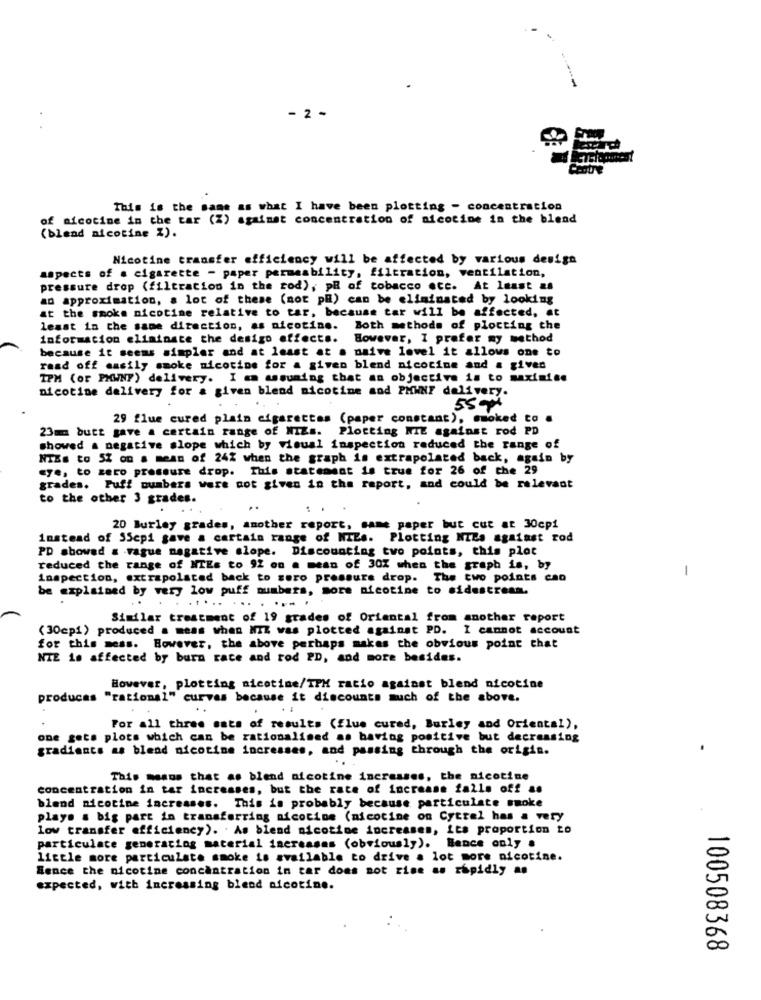
- 2 -
Centre
This is the same as what I have been plotting - concentration
of nicotine in the tar (%) against concentration of nicotine in the blend
(blend nicotine 2).
Nicotine transfer efficiency will be affected by various design
aspects of a cigarette - paper permeability, filtration, ventilation,
pressure drop (filtration in the rod), pB of tobacco ecc. At least as
an approximation, a lot of these (mot pH) can be eliminated by looking
at the smoke nicotine relative to tar, because tar will be affected, at
least in the same direction, as nicotine. Both methods of plocting the
informacion ellainate the desigo effects.
However, I prefer my method
because it seems simpler and at least at a naive lovel it allows one to
raad off easily smoke nicotine for a given blend nicotine and a given
IPM (or PHWNF) delivery. I am assuming that an objective is to maximise
nicotine delivery for a given blend nicotine and PHWNF delivery.
55 px
29 flue cured plain cigarettes (paper constant), smoked to
23mm butt gave a certain range of NIZs. Plotting NIE against rod PD
showed a negative slope which by visual inspection reduced the range of
NTEs to 57 on a mean of 24% when the graph is extrapolated back, again by
«ye, to zero pressure drop. This statement is true for 26 of the 29
grades. Puff numbers were not given in the report, and could be relevant
to the other 3 grades.
..
20 Burley grades, another report, same paper but cut at 30cp1
instead of SScpi gave a certain range of NIEs. Plotting NIla against rod
PD showed a vague negative slope. Discounting two points, this plot
reduced the range of NTEs to 92 ou a mean of 30% when the graph is, by
-
inspection, extrapolsted back to soro pressure drop. The two points can
be explained by very low puff numbers, sore nicotine to sidestream.
. ..... ... . ... .
Similar treatment of 19 grades of Oriental from another report
(30cp1) produced a meas when Nl was plotted against PD. I cannot account
for this mess. However, the above perhaps makes the obvious point that
NIE 10 affected by burn race and rod PD, and more besides.
However, plotting nicotine/IPM ratio against blend nicotine
producas "rational" curvas because it discounts much of the above.
..
For all three sats of results (flue cured, Burley and Oriental),
one gets plots which can be rationalised as having positive but decreasing
gradiancs as blend nicotine increases, and passing through the origin.
This means that as blend nicotine increases, the nicotine
concentration in tar increases, but the rate of increase falls off as
blend nicotine increases. This is probably because particulate smoke
plays a big part in transferring nicotine (nicotine on Cytrel has a very
low transfer efficiency). As blend nicotine increases, its proportion to
particulate generating material increases (obviously). Bence only .
little more particulate smoke is available to drive a lot more nicotine.
Sence the nicotine concentration in tar does not rise as rapidly an
expected, with increasing blend nicotine.
100508368